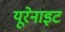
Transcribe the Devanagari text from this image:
यूरेनाइट